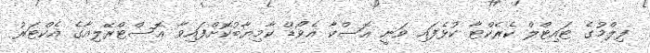
ފިލްމުގެ ޓައިޓްލް ކެރެކްޓާ ކުޅެފައި ވަނީ އޮސްކާ އެވޯޑް ކާމިޔާބުކޮށްފައިވާ އޮސްޓްރޭލިއާގެ އެކްޓަރު